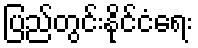
ပြည်တွင်းနိုင်ငံရေး